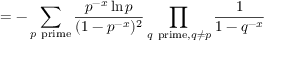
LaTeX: \, = - \sum _ { p { \mathrm { ~ p r i m e } } } { \frac { p ^ { - x } \ln p } { ( 1 - p ^ { - x } ) ^ { 2 } } } \prod _ { q { \mathrm { ~ p r i m e } } , q \neq p } { \frac { 1 } { 1 - q ^ { - x } } }